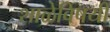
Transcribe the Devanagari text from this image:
शाळेविषयी